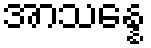
အာသန္နေ